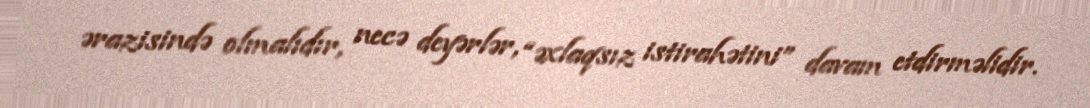
ərazisində olmalıdır, necə deyərlər, “əxlaqsız istirahətini” davam etdirməlidir.